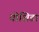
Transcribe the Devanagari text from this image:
योशिडा